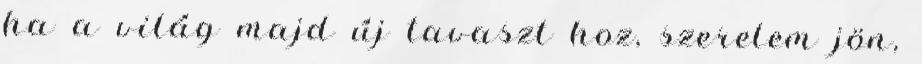
ha a világ majd új tavaszt hoz, szerelem jön,